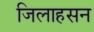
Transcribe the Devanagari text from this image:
जिलाहसन